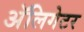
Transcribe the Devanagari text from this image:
अॅलिगेटर